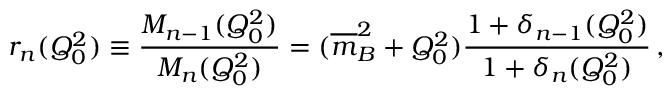
r _ { n } ( Q _ { 0 } ^ { 2 } ) \equiv { \frac { M _ { n - 1 } ( Q _ { 0 } ^ { 2 } ) } { M _ { n } ( Q _ { 0 } ^ { 2 } ) } } = ( { \overline { { m } } } _ { B } ^ { 2 } + Q _ { 0 } ^ { 2 } ) { \frac { 1 + \delta _ { n - 1 } ( Q _ { 0 } ^ { 2 } ) } { 1 + \delta _ { n } ( Q _ { 0 } ^ { 2 } ) } } \, ,